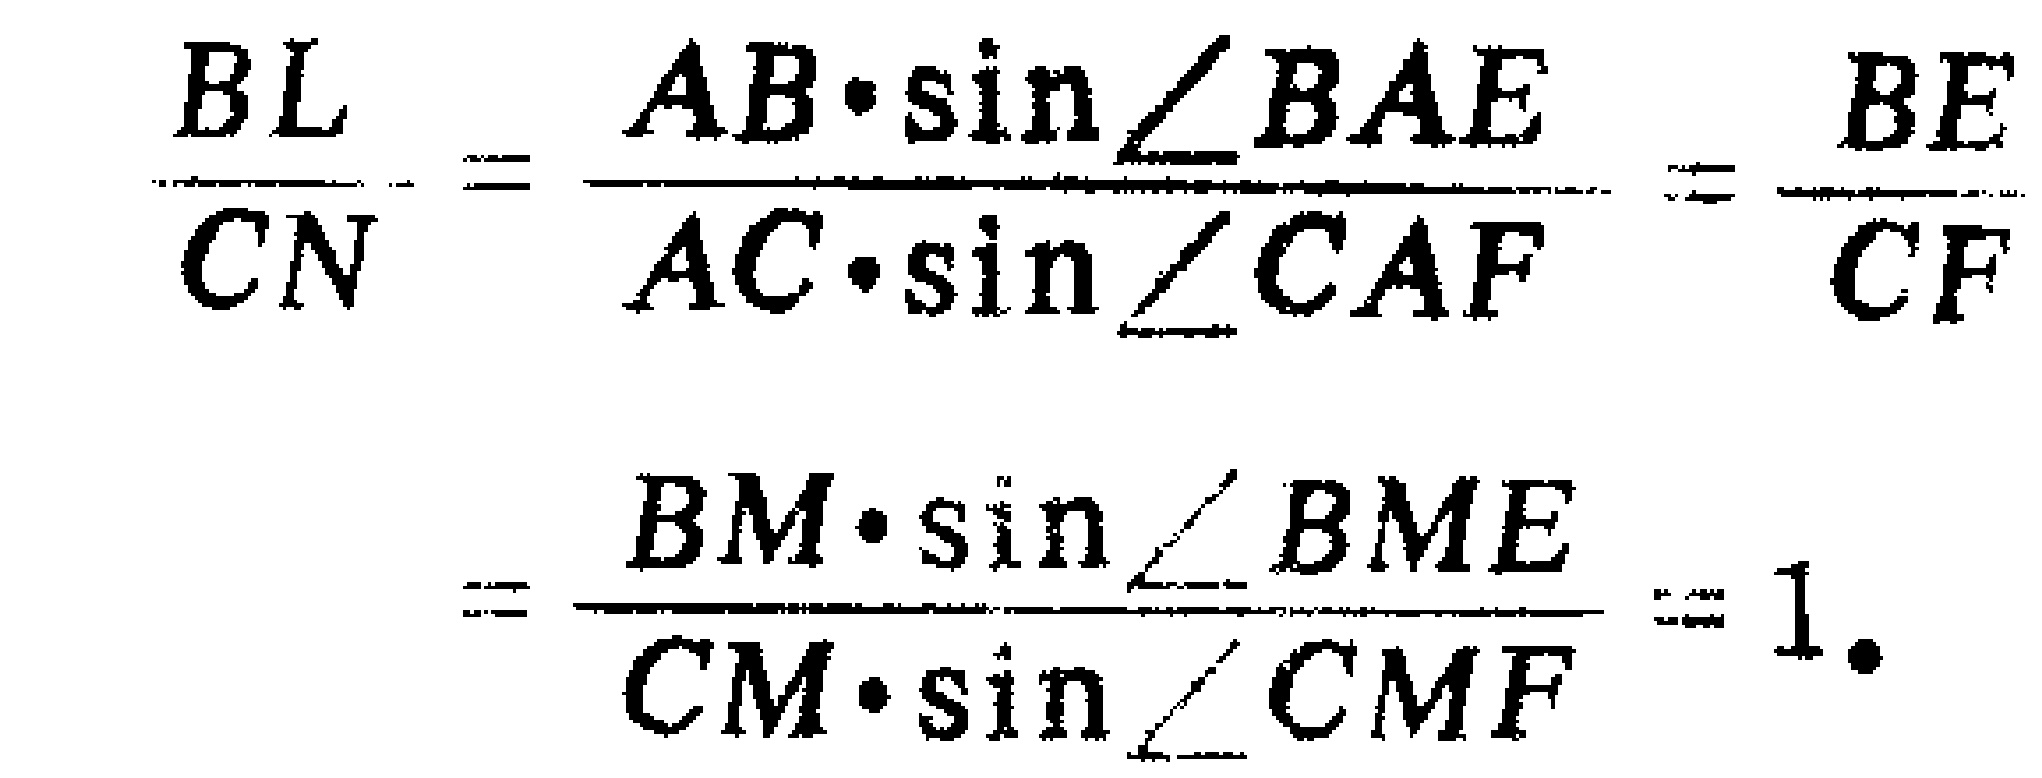
\[\frac{BL}{CN}=\frac{AB\cdot\sin\angle BAE}{AC\cdot\sin\angle CAF}=\frac{BE}{CF}=\frac{BM\cdot\sin\angle BME}{CM\cdot\sin\angle CMF}=1.\]